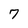
Character: 7